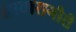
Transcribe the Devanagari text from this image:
आवारागीरी